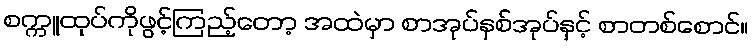
စက္ကူထုပ်ကိုဖွင့်ကြည့်တော့ အထဲမှာ စာအုပ်နှစ်အုပ်နှင့် စာတစ်စောင်။